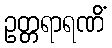
ဥတ္တရာရဏိံ